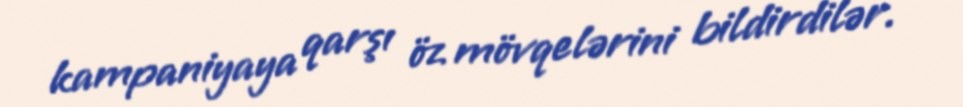
kampaniyaya qarşı öz mövqelərini bildirdilər.